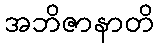
အဘိဇာနာတိ